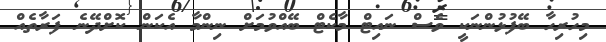
މިހުރިހާ ބޭފުޅުންނަކީ ވެސް ނައިޓް މާކެޓް ބޭއްވުމަށް ނިންމާ އެކަން ކޮށްދޭނެ ފަރާތެއް